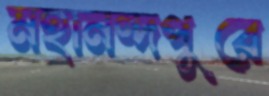
মহানন্দপুরে